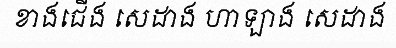
ខាងជើង សេដាង ហាឡាង សេដាង